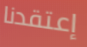
إعتقدنا